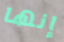
إنها